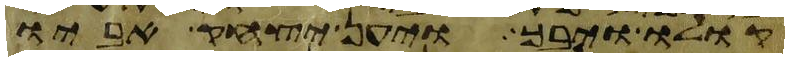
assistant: קולו ויבך ויען יצחק אביו